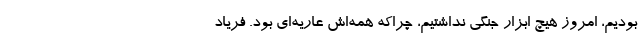
بودیم، امروز هیچ ابزار جنگی نداشتیم، چراکه همه‌اش عاریه‌ای بود. فریاد